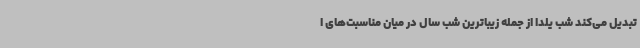
تبدیل می‌کند شب یلدا از جمله زیباترین شب سال در میان مناسبت‌های ا